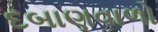
દબાણવાળો